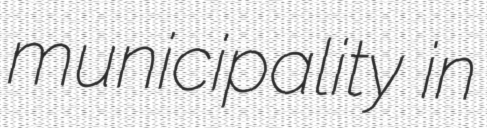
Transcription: municipality in